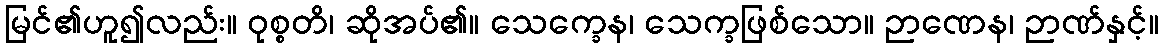
မြင်၏ဟူ၍လည်း။ ဝုစ္စတိ၊ ဆိုအပ်၏။ သေက္ခေန၊ သေက္ခဖြစ်သော။ ဉာဏေန၊ ဉာဏ်နှင့်။